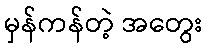
မှန်ကန်တဲ့ အတွေး